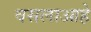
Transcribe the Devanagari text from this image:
वसलाआहे